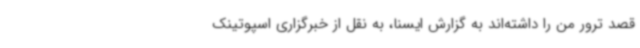
قصد ترور من را داشته‌اند به گزارش ایسنا، به نقل از خبرگزاری اسپوتینک